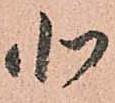
北